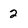
Character: 2